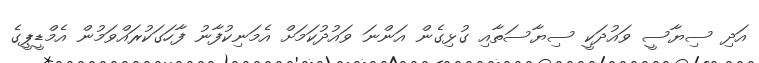
އަދި ސިޔާސީ ވައުދަކީ ސިޔާސަތާއި ގުޅިގެން އަންނަ ވައުދުކަމަށް އެމަނިކުފާނު ފާހަގަކުރައްވަމުން އެމްޑީޕީގެ